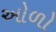
ઓળો